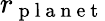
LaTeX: r_{\mathrm{~p~l~a~n~e~t~}}